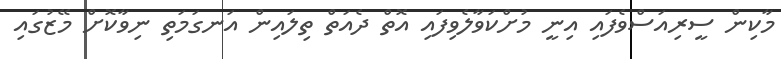
މާކިން ސީރިއަސްވެފައި އިނީ މުށްކަވާލެވިފައި އޮތް ދެއަތް ތިލައިން އަނގަމަތި ނިވާކޮށް މޭޒުގައި